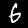
Digit: 6